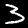
Digit: 3